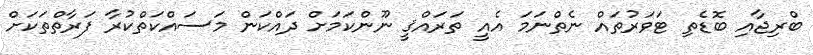
ބްރިޖާއި ބޮޑެތި ޓަވަރުތައް ނެތްނަމަ އެއީ ތަރައްޤީ ނޫންކަމަށް ދައްކަން މަސައްކަތްކުރާ ފަރާތްތަކަށް